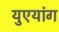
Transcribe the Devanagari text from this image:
युएयांग